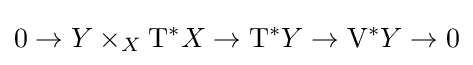
0\to Y\times _{X}\mathrm {T} ^{*}X\to \mathrm {T} ^{*}Y\to \mathrm {V} ^{*}Y\to 0